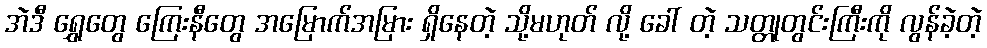
အဲဒီ ရွှေတွေ ကြေးနီတွေ အမြောက်အမြား ရှိနေတဲ့ သို့မဟုတ် လို့ ခေါ် တဲ့ သတ္တုတွင်းကြီးကို လွန်ခဲ့တဲ့